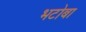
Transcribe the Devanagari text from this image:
भटोबा